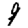
Digit: 9